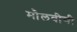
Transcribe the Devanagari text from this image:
मौलवीची